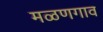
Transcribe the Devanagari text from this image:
मळणगाव